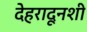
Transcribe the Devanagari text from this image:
देहरादूनशी